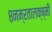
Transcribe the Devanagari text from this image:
८नम्रतालक्ष्मी